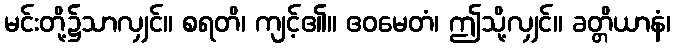
မင်းတို့၌သာလျှင်။ စရတိ၊ ကျင့်၏။ ဧဝမေတံ၊ ဤသို့လျှင်။ ခတ္တိယာနံ၊